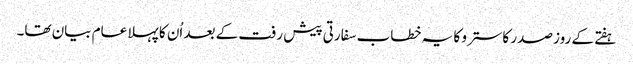
ہفتے کے روز صدر کاسترو کا یہ خطاب سفارتی پیش رفت کے بعد اُن کا پہلا عام بیان تھا۔